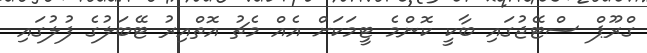
ގްރޫޕް ސްޓޭޖުގައި ބާކީ ކޮންމެ ޓީމަކަށް އެއް މެޗު އޮތްއިރު ޓޭބަލުގެ ފުލުގައި